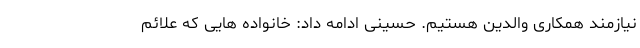
نیازمند همکاری والدین هستیم. حسینی ادامه داد: خانواده هایی که علائم